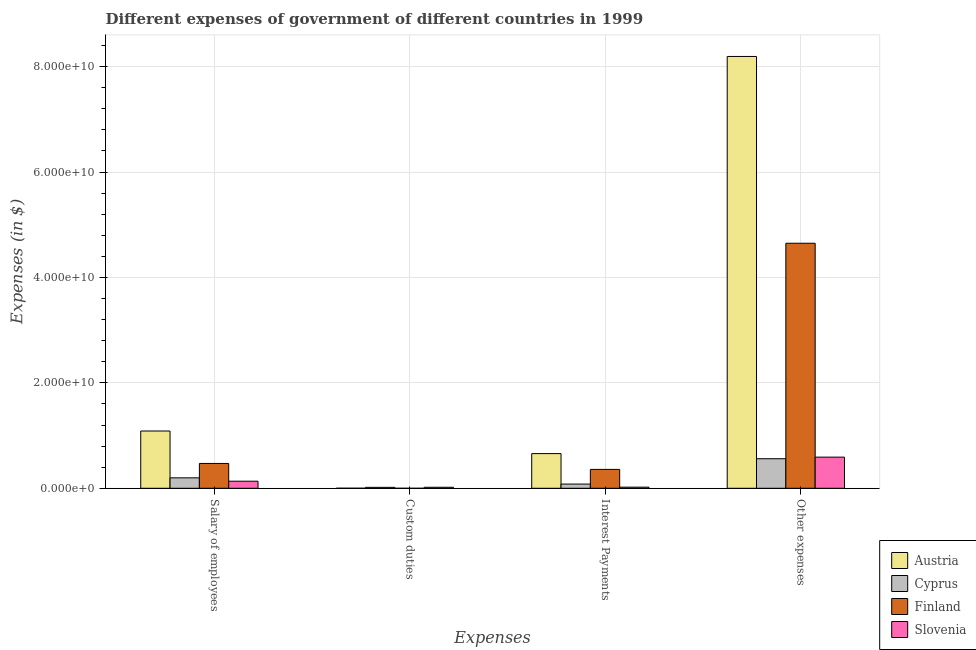
| Expenses | Austria | Cyprus | Finland | Slovenia |
 | --- | --- | --- | --- | --- |
 | Salary of employees | 1.09e+10 | 1.98e+09 | 4.71e+09 | 1.34e+09 |
 | Custom duties | 6.85e+06 | 1.75e+08 | -5.85e+06 | 1.91e+08 |
 | Interest Payments | 6.58e+09 | 7.99e+08 | 3.58e+09 | 2.11e+08 |
 | Other expenses | 8.19e+10 | 5.61e+09 | 4.65e+10 | 5.91e+09 |